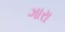
ગારા